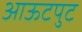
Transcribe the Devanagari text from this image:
आऊटपुट